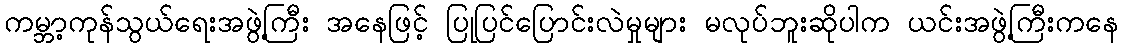
ကမ္ဘာ့ကုန်သွယ်ရေးအဖွဲ့ကြီး အနေဖြင့် ပြုပြင်ပြောင်းလဲမှုများ မလုပ်ဘူးဆိုပါက ယင်းအဖွဲ့ကြီးကနေ